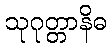
သုဂုတ္တာနိဓ